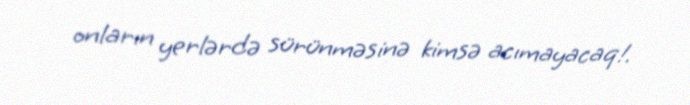
onların yerlərdə sürünməsinə kimsə acımayacaq!.